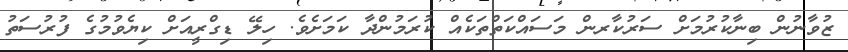
ޒުވާނުން ބިނާކުރުމަށް ސަރުކާރން މަސައްކަތްތަކެއް ކުރަމުންދާ ކަމަށެވެ. ހިލޭ ޑިގްރީއަށް ކިޔެވުމުގެ ފުރުސަތު